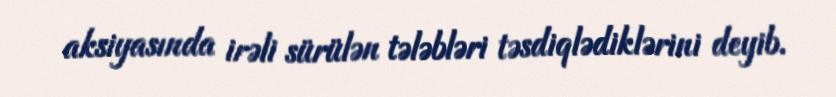
aksiyasında irəli sürülən tələbləri təsdiqlədiklərini deyib.